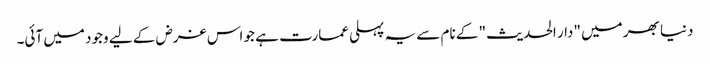
دنیا بھر میں "دار الحدیث" کے نام سے یہ پہلی عمارت ہے جو اس غرض کے لیے وجود میں آئی۔